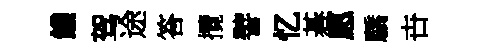
饑驾途答攬譬忆碁愿驕卋